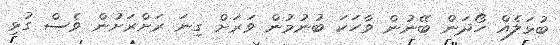
ބުޅަލެއް ހޯދަން ބޭނުން ވާހަކަ ބުނުމުން ވަރަށް ގިނަ ރަށްރަށުން ވެސް ގުޅި